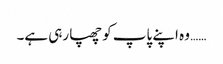
…… وہ اپنے پاپ کو چھپا رہی ہے۔